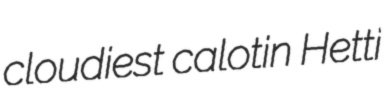
cloudiest calotin Hetti